Kloostri_vallavalitsus, lk 12
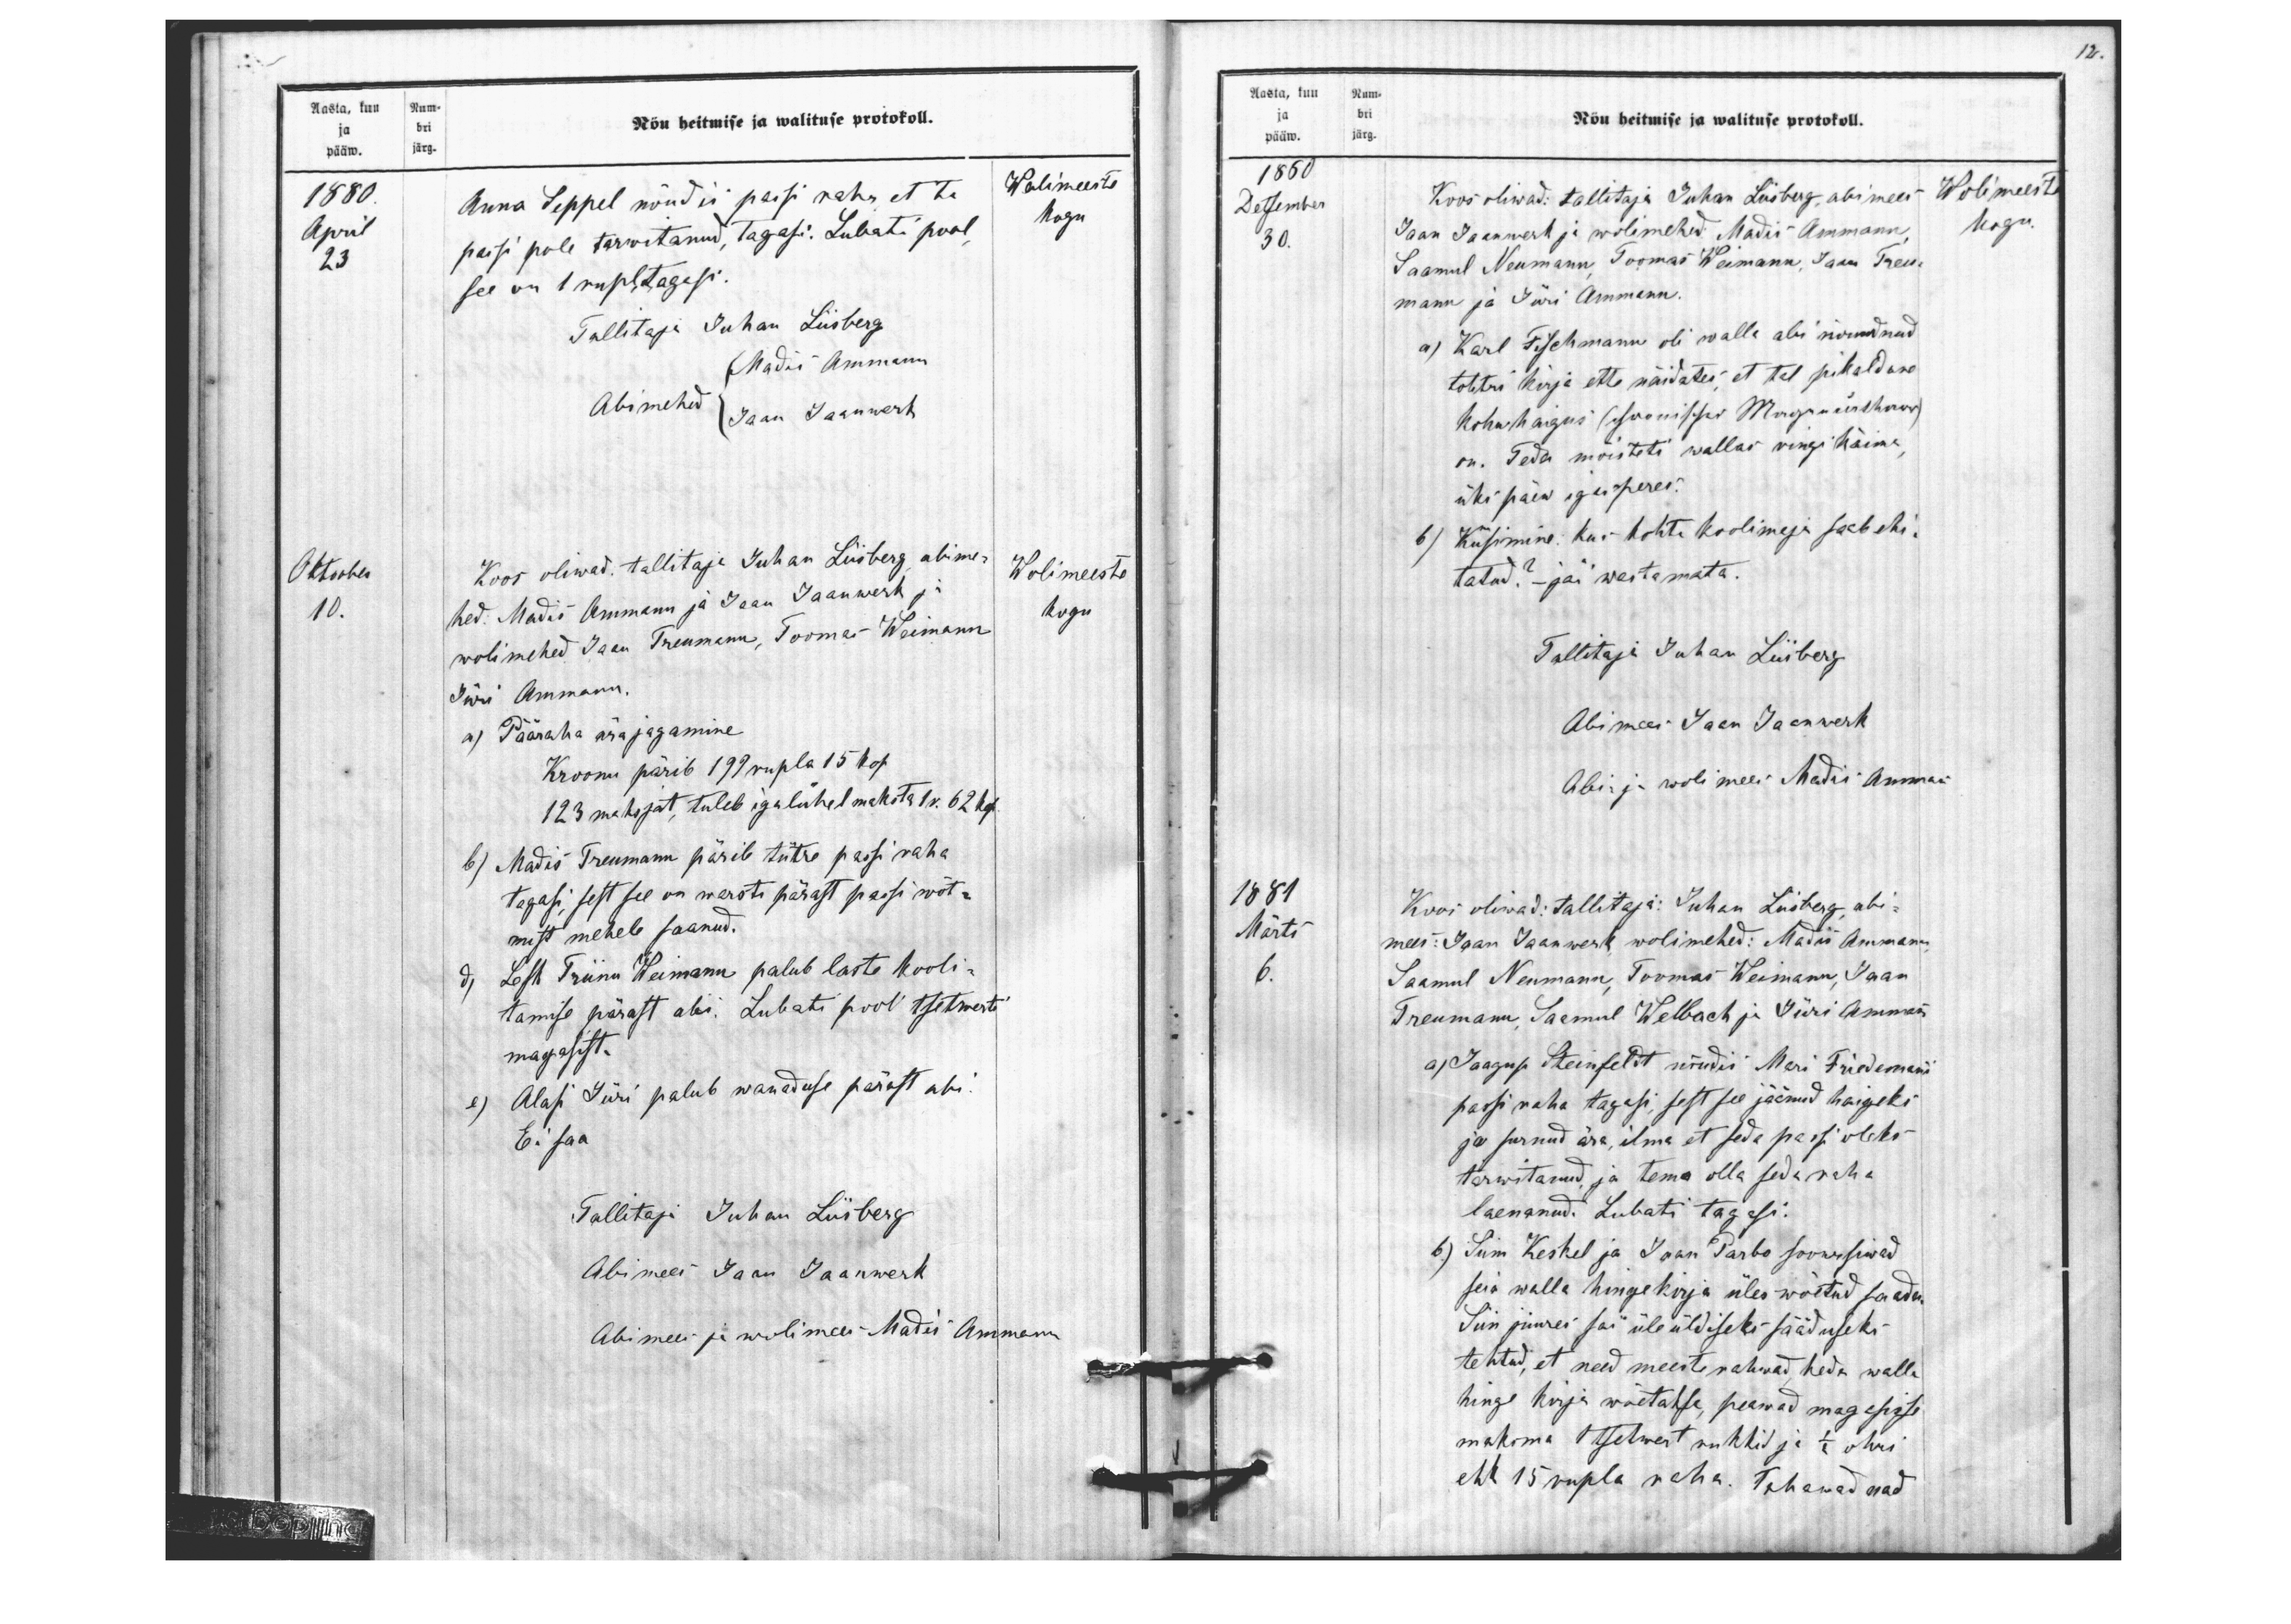
Nõu heitmise ja walituse protokoll.
Aasta, kuu Num-
ja bri
pääw. järg.
1880
Anna Seppel nõudis passi raha et ta
Wolimeeste
April
passi pole tarwitanud, tagasi. Lubati pool
kogu
23
see on 1 rupla tagasi.
Tallitaja Juhan Liisberg
Madis Amman
Abimehed
Jaan Jaanwerk
Oktoober
Koos oliwad. tallitaja Juhan Liisberg abime-
Wolimeeste
10.
hed. Madis Ammann ja Jaan Jaanwerk ja
kogu
wolimehed Jaan Treumann, Toomas Weimann
Jüri Ammann
a) Pääraha ära jagamine.
Kroonu pärib 199 supla 15 kop.
123 maksjat, tuleb iga lühel maksta 1 r. 62 kop.
b) Madis Treumann pärib tütre passi raha,
tagasi, sest see on warsti pärast passi wõt-
mist mehele saanud.
d) Lesk Triinu Weimann palub laste kooli-
tamise pärast abi. Lubati pool tsetwerti
magasist.
e) Alasi Jüri palub wanaduse pärast abi.
Ei saa
Tallitaja Juhan Liisberg
Abimees Jaan Jaanwert
Abimees ja wolimees Madis Ammann

12.
ja bri
pääw. järg.
Aasta, kuu Num-
Nõu heitmise ja walituse protokoll.
1860
Detsember
Koos oliwad: tallitaja Juhan Liisberg, abimees
Wolimeeste
30.
Jaan Jaanwerk ja wolimehed: Madis Ammann
kogu
Saamul Neumann, Toomas Weimann, Jaan Treu-
mann ja Jüri Ammann.
a) Karl Fischmann oli walla abi nõudnud.
tohtri kirja ette näidates, et tal pikaldane
kõhuhaigus (chronischer Magenuurthwar
on. Teda mõisteti wallas ringi käima,
üks päew igasperes.
b) Küsimine: Kus kohta koolimaja saab ehi-
tatud? - jäi wastamata.
Tallitaja Juhan Liisberg
Abimees Jaan Jaanwerk
Abi- ja wolimees Madis Ammann
1881
Koos oliwad: tallitaja: Juhan Liisberg, abi-
Märts
mees: Jaan Jaanwerk wolimehed: Madis Ammann
6.
Saamul Neumann, Toomas Weimann, Jaan
Treumann, Saamul Welbach ja Jüri Ammann
a) Jaagup Reinfeldt nõudis Mari Friedemani
passi raha tagasi, sest see jäänud haigeks
ja surnud ära, ilma et seda passi oleks
tarwitanud, ja tema olla seda raha
laenanud. Lubati tagasi.
b) Siin Keskel ja Jaan Parbo soowisiwad
seia walla hingekirja üles wõetud saada.
Siin juures sai üle üldiseks sääduseks
tehtud, et need meeste rahwad keda walla
hinge kirja wõetakse, peawad magasisse
maksma 1 tsetwert nukkid ja 1/2 otri
eht 15 rupla raha. Tahawad nad